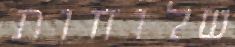
שלוחות